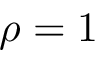
\rho = 1